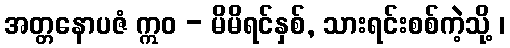
အတ္တနောပဇံ ဣဝ - မိမိရင်နှစ်, သားရင်းစစ်ကဲ့သို့ ၊